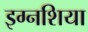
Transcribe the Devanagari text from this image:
इग्नशिया